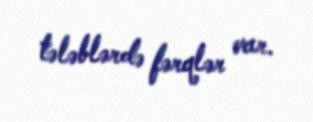
tələblərdə fərqlər var.